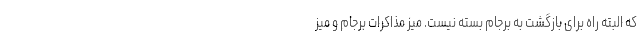
که البته راه برای بازگشت به برجام بسته نیست. میز مذاکرات برجام و میز